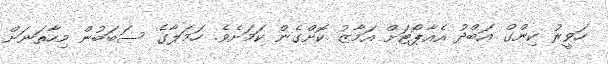
ހަވީރު ކިންގް އަބްދު އެއާޕޯޓަށް އަމާޒު ކޮށްގެން ކަމަށެވެ. ހަމަލާގެ ސަބަބުން މިހާތަނަށް